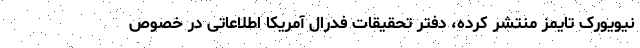
نیویورک تایمز منتشر کرده، دفتر تحقیقات فدرال آمریکا اطلاعاتی در خصوص